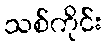
သစ်ကိုင်း